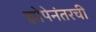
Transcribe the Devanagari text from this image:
झोपेनंतरची